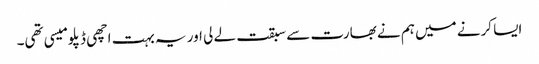
ایسا کرنے میں ہم نے بھارت سے سبقت لے لی اور یہ بہت اچھی ڈپلومیسی تھی۔